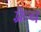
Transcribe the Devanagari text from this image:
फ़्रेच